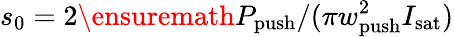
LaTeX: s_{0}=2\ensuremath{P_{\mathrm{push}}}/(\pi w_{\mathrm{push}}^{2}I_{\mathrm{sat}})